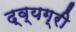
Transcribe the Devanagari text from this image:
द्व्यग्री